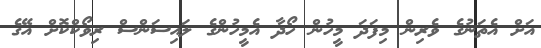
އަށް އެތަނުގެ ވެރިން މިފަދަ މީހުން ހޯދާ އެމީހުންގެ ލައިސަންސް ރިވޯކްކޮށް އޭގެ